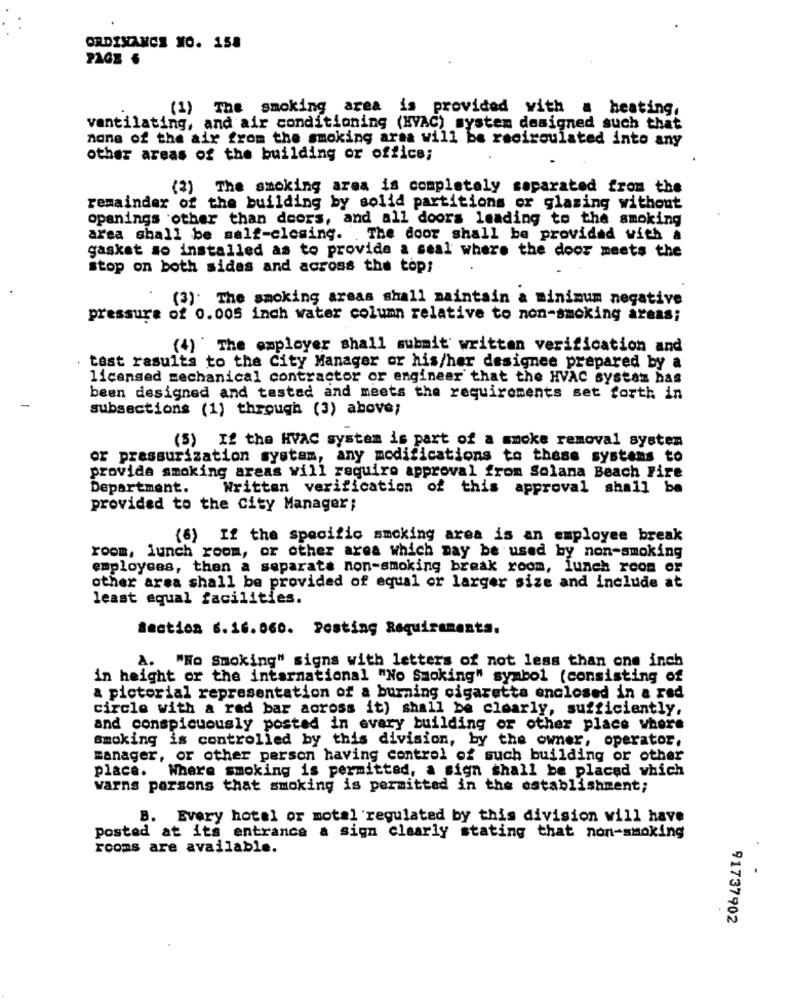
ORDINANCE NO. 158
(1) The smoking area is provided with a beating.
ventilating, and air conditioning (HVAC) system designed such that
none of the air from the smoking arsa will be recirculated into any
other areas of the building or office;
(2) The smoking area is completely separated from the
remainder of the building by solid partitions or glazing without
openings other than doors, and all doors leading to the smoking
area shall be salf-closing. . The door shall be provided with a
gasket so installed as to provide a seal where the door meets the
stop on both sides and across the top!
(3) The smoking areas shall maintain a minimum negative
pressure of 0.005 inch water column relative to non-smoking areas;
(4) ' The employer shall submit written verification and
tast rasulta to the City Manager or his/her designee prepared by a
licensed mechanical contractor or engineer that the HVAC system has
been designed and tested and meets the requirements set forth in
subsections (1) through (3) above;
(5) If the HVAC system is part of a smoke removal systen
or pressurization system, any modifications to these systems to
provide smoking areas will require approval from Solana Beach Fire
Department.
Written verification of this approval shall be
provided to the city Manager;
(6) If the specific smoking area is an employee break
room, lunch room, or other area which may be used by non-smoking
employees, then a separate non-smoking break room, lunch room or
other area shall be provided of equal or larger size and include at
least equal facilities.
Section 6.16.060. Posting Requirements.
A.
"No Smoking" signs with letters of not less than one inch
in height or the international "No Smoking" symbol (consisting of
a pictorial representation of a burning cigaretta enclosed in a red
circle with a red bar across it) shall be clearly, sufficiently.
and conspicuously posted in every building or other place where
smoking is controlled by this division, by the owner, operator,
manager, or other person having control of such building or other
place. Where smoking is permitted, a sign shall be placed which
varns persons that smoking is permitted in the establishment;
B. Every hotel or motel regulated by this division will have
posted at its entrance a sign clearly stating that non-smoking
rooms are available.
.
91737902